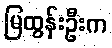
မြထွန်းဦးက